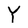
Character: Y